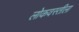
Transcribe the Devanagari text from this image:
लोकवस्तीला